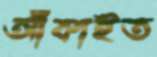
আঁকাইত